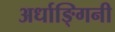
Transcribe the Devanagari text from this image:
अर्धाङ्गिनी